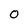
Character: 0